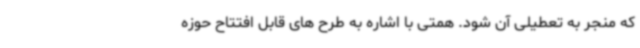
که منجر به تعطیلی آن شود. همتی با اشاره به طرح های قابل افتتاح حوزه